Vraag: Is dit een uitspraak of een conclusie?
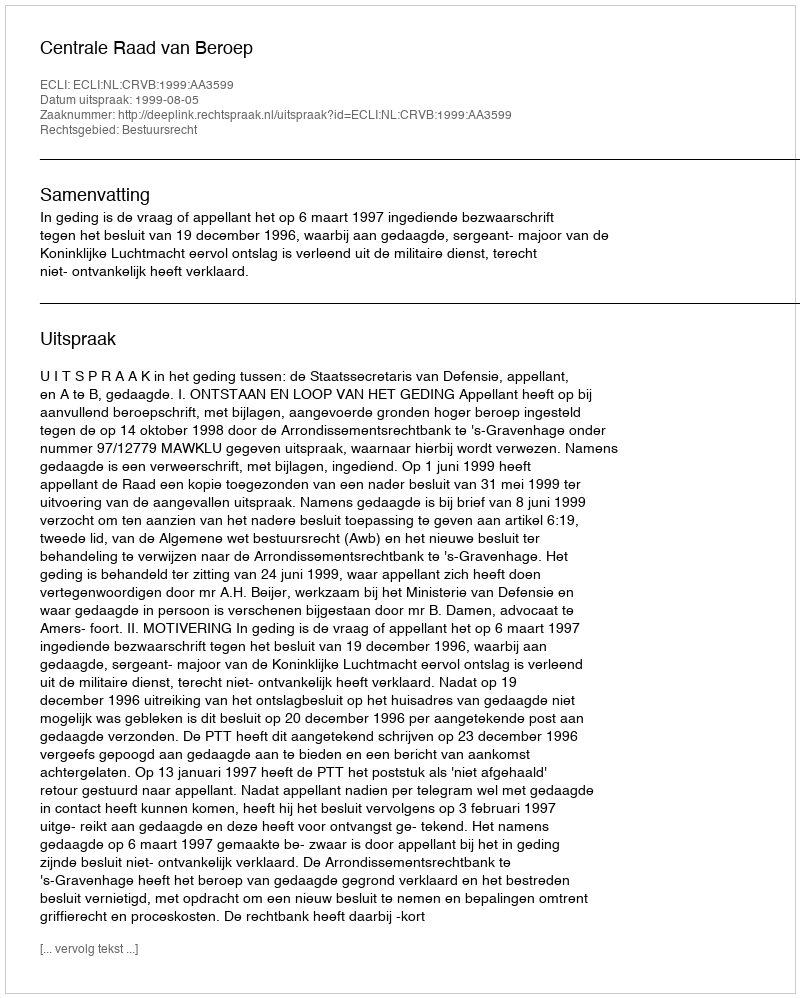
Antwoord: Uitspraak